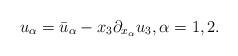
LaTeX: \begin{align*} u_{\alpha}=\bar{u}_{\alpha}-x_3\partial_{x_\alpha}u_3, \alpha=1,2.\end{align*}